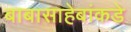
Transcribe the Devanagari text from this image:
बाबासाहेबांकडे